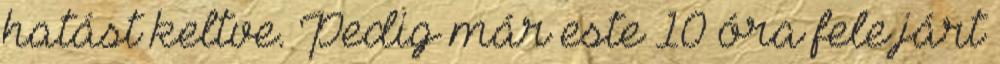
hatást keltve. Pedig már este 10 óra fele járt